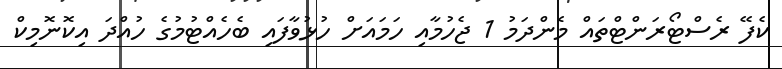
ކެފޭ ރެސްޓޯރަންޓްތައް މެންދަމު 1 ޖެހުމާއި ހަމައަށް ހުޅުވާފައި ބެހެއްޓުމުގެ ހުއްދަ އިކޮނޮމިކް